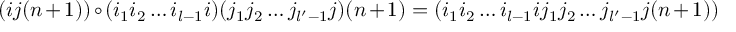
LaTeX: ( i j ( n + 1 ) ) \circ ( i _ { 1 } i _ { 2 } \ldots i _ { l - 1 } i ) ( j _ { 1 } j _ { 2 } \ldots j _ { l ^ { \prime } - 1 } j ) ( n + 1 ) = ( i _ { 1 } i _ { 2 } \ldots i _ { l - 1 } i j _ { 1 } j _ { 2 } \ldots j _ { l ^ { \prime } - 1 } j ( n + 1 ) )